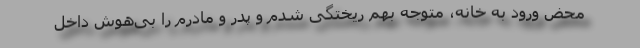
محض ورود به خانه، متوجه بهم ریختگی شدم و پدر و مادرم را بی‌هوش داخل